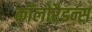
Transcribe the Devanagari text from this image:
कॉलोरैडन्स